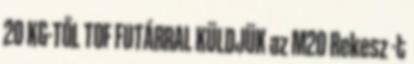
20 KG-TŐL TOF FUTÁRRAL KÜLDJÜK az M20 Rekesz -t